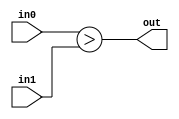
module coreir_sgt #(
    parameter width = 1
) (
    input [width-1:0] in0,
    input [width-1:0] in1,
    output out
);
  assign out = $signed(in0) > $signed(in1);
endmodule

module coreir_sgt4_wrapped (
    input [3:0] I0,
    input [3:0] I1,
    output O
);
wire coreir_sgt4_inst0_out;
coreir_sgt #(
    .width(4)
) coreir_sgt4_inst0 (
    .in0(I0),
    .in1(I1),
    .out(coreir_sgt4_inst0_out)
);
assign O = coreir_sgt4_inst0_out;
endmodule